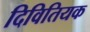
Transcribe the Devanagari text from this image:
दिवितियक